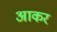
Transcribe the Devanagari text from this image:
अाकर